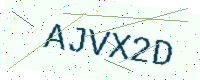
Text: AJVX2D